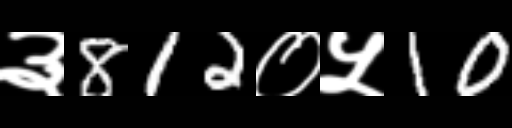
Text: ३812०५10